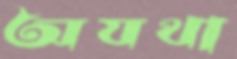
অযথা